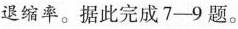
退缩率1。据此完成7-9题。